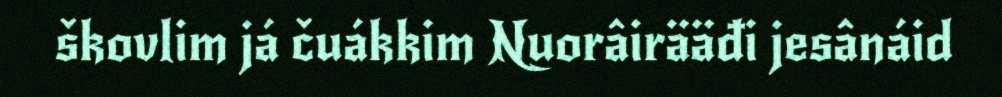
škovlim já čuákkim Nuorâirääđi jesânáid